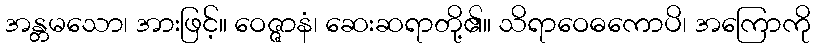
အန္တမသော၊ အားဖြင့်။ ဝေဇ္ဇာနံ၊ ဆေးဆရာတို့၏။ သိရာဝေဓကောပိ၊ အကြောကို